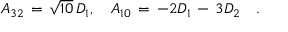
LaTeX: { \cal A } _ { 3 2 } \, = \, \sqrt { 1 0 } \, D _ { 1 } , \quad { \cal A } _ { 1 0 } \, = \, - 2 D _ { 1 } \, - \, 3 D _ { 2 } \quad .